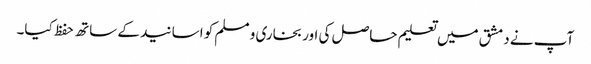
آپ نے دمشق میں تعلیم حاصل کی اور بخاری و مسلم کو اسانید کے ساتھ حفظ کیا۔